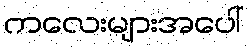
ကလေးများအပေါ်